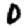
Digit: 0